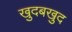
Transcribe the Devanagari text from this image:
खुदबखुद